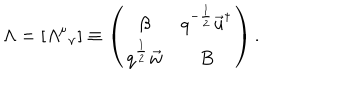
LaTeX: \Lambda = [ { { \mit \Lambda } ^ { \mu } } _ { \nu } ] \equiv \left( \begin{matrix} { { \beta } } & { { q ^ { - \frac 1 2 } \vec { u } ^ { \dagger } } } \\ { { q ^ { \frac 1 2 } \vec { w } } } & { { B } } \\ \end{matrix} \right) .